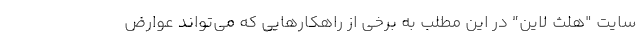
سایت "هلث لاین" در این مطلب به برخی از راهکارهایی که می‌تواند عوارض